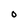
Character: O